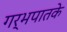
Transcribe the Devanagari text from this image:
गर्भपातके